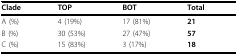
| Clade | TOP | BOT | Total |
 | --- | --- | --- | --- |
 | A (%) | 4 (19%) | 17 (81%) | 21 |
 | B (%) | 30 (53%) | 27 (47%) | 57 |
 | C (%) | 15 (83%) | 3 (17%) | 18 |